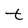
Character: t